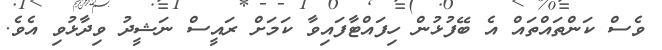
ވެސް ކަންތައްތައް އެ ބޭފުޅުން ހިފައްޓާފައިވާ ކަމަށް ރައީސް ނަޝީދު ވިދާޅުވި އެވެ.